Heimtali_vallavalitsus, lk 51
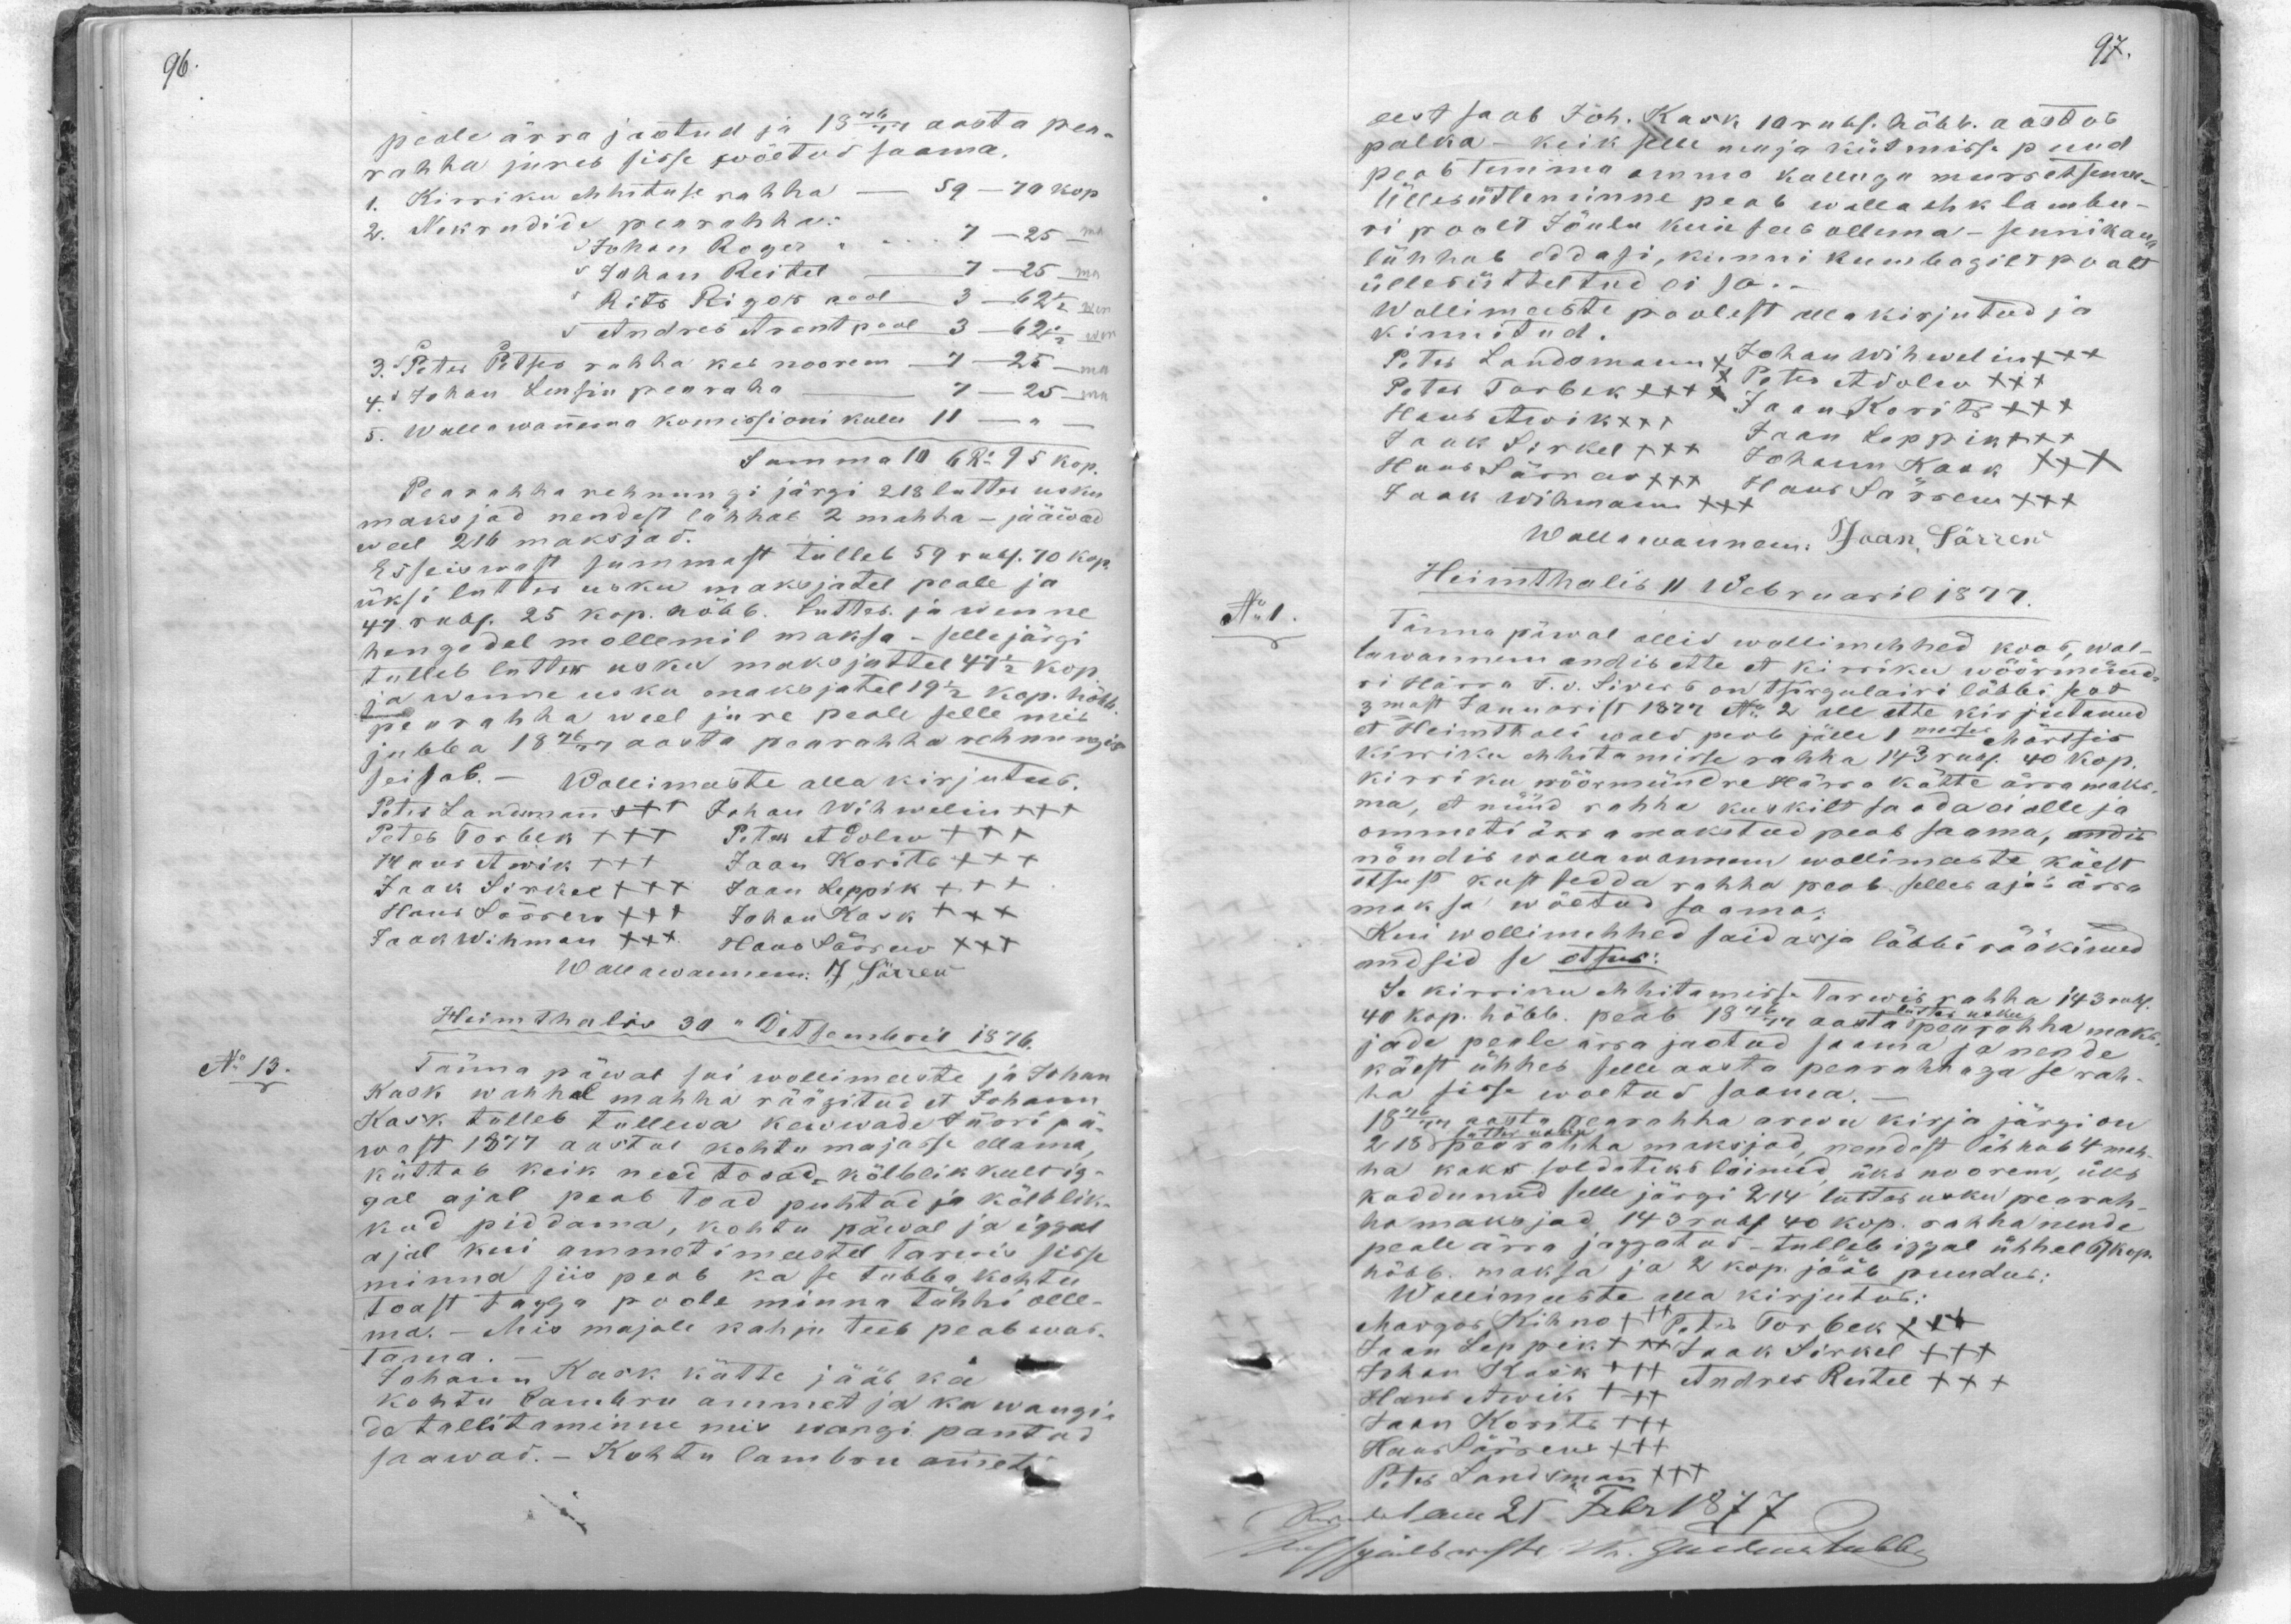
peale ärra jaotud ja 13 rb aasta pea-
rahha jures sisse wõetus saama.
1. Kirriku ehhituse rahha - 59 - 70 kop
2. Nekrudide pearahha:
Johan Roger " " 7 - 25 "
Johan Reitel 7 - 25
Rits Rigon pool 3 - 62 1/2
Andres Arent pool 3 - 62 1/2
3. Peter Pitka rahha kebs noorem - 7 - 25
4. Johan Lensin peavaha - 7 - 25
5. Wallawanema komissioni kulu 11 - -
Summa 106 R- 95 kop.
Pearahha rehnungi järgi 218 lutter usku
maksjad nendest lähheb 2 mahha - jääwad
weel 216 maksjad.
Et seiswast summast tulleb 59 rub. 70 kop.
üksi lutter usku maksjatel peale ja
47. rubl. 25 kop. hõbb. lutter ja wenne
hengidel mollemil maksa-sellejärgi
tulleb lutter koku maksjattel 47 1/2 kop.
ja wenne usku maksjatel 19 1/2 kop. hõbb.
pearahha weel jure peale selle mis
jubba 1876 aasta pearahha rehnungis
seisab. - Wollimeeste alla kirjutud.
Peter Landmann +++ Johan Wihwelin +++
Peteb Torbek +++ Peter Adolw +++
Hans Awik +++ Jaan Korits +++
Jaak Sirkel +++ Jaan Leppik +++
Hans Särrew +++ Johan Kask +++
Jaak Wihman XXX. Hans Särrew XXX
Wallawannem. J. Särrew
Heimthalis 30 "Detsembril 1876.
No 13.
Tänna päewal sai wollimeeste ja Johan
Kask wahhel mahha räägitud et Johann
Kask tuleb tullewa kewwade  pöri pä-
wast 1877 aastal kohtu majasse ollama,
küttab keik need toad kõlblikkult ig-
gal ajal peab toad puhtad ja kõlblik-
kud piddama, kohtu päeval ja iggal
ajal kui ammetimeestel tarwis sisse
minna siis peab ka se tubba kohtu
toast tagga poole minna tühhi olle-
ma. - Mis majale kahju teeb peab awas-
tama.
Johann Kask kätte jääb ka
kohtu lambru ammet ja ka wangi-
de tallitaminne mis wangi pantud
saawad. - Kohtu lambru ameti

eest saab Joh. Kask 10 rubl. hõbb. aastas
palka - keik selle maja kütmisse puud
peab temma omma kulluga murretsema.
Üllesütleminne peab walla ehk lambu-
ri poolt Jõulu kui sees ollema - senni kaua
lühhab eddasi, kunni kumbagilt poolt
üllesüttetud ei sa.
Wollimeeste poolest allakirjutud ja
kinnitud.
Peter Landsmaan x Johan Wihwelin xxx
Peter Turbek XXX Peter Adolw XXX
Hans Awik xxx Jaan Korits XXX
Jaan Leppik
Jaak Sirkel XXX Johann Kask XXX
Hans Särrew  Hans Särrew +++
Jaak Wihmann XXX
Wallawanem: Jaan, Särrew
Heimthalis 11 Webruaril 1877.
No 1. Tänna päwal ollid wollimehhed koos, wal-
lawannem andis ette et kiriku wöörimünd-
ri Härra F. v. Sivers on tsirgulairi läbbi seat
3mast Januarist 1872 No: 2 all ette kirjutanud
et Heimthali wald peab jälle 1messe Märtsis
kiriku ehhitamisse rahha 143 rub. 40 kop.
kirriku wöörmündre härra kätte ärra maks-
ma, et nüüd rahha kuskilt saada ei olle ja
ommeti ära makstud peab saama, andis
nõndis wallawannem wollimeeste käest
otsust kust sedda rahha peab selle asja ärra
maksa wõetud saama.
Kui wollimehhed said asja läbbi rääkinud
andsid se otsus:
Et kirriku ehhitamisse tarwis rahha 143 rubl.
40 kop. hõbb. peab 1876/77 aasta pearahha maks-
jade peale ärra jaotud saama ja nende
käest ühhed selle aasta pearahhaga se rah-
ha sisse woetud saama.
1876/77 aasta pearahha arwu kirja järgi on
218 perra rahha maksjad nendest lähhab 4 mah-
ha kaks soldatiks läinud üks noorem, üks
kaddunud selle järgi 214 lutter usku pearah-
hamaksjad 143 rubl 40 kop. rahha nende
peale ärra jaggatud - tulleb iggal ühhel 67 kop.
hõbb. maksa ja 2 kop. jääb puudus:
Wollimeeste alla kirjutud:
Margus Kihnu xxx Peter Torbek XXX
Jaan Leppekt xxx Jaak Sirkel +++
Johan Kask xxx Andres Reitel +++
Hans Awik +++
Jaan Korits XXX
Hans Särrew +++
Peter Landsman +++
Heimthalis 21 Febr 1877
Igülb wiste No. Güldmeteeb,